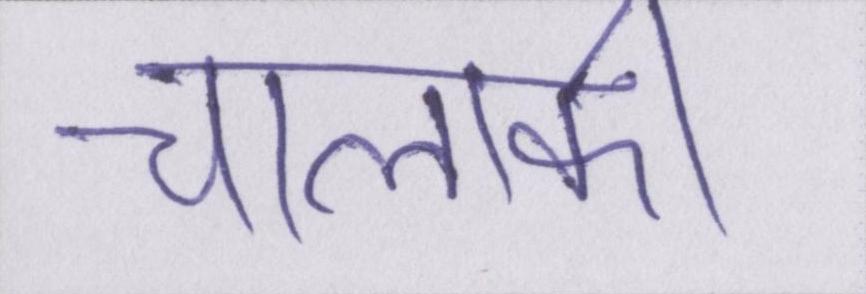
चालाकी